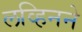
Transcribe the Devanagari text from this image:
लव्हिनने